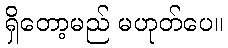
ရှိတော့မည် မဟုတ်ပေ။